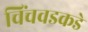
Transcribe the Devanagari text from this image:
चिंचवडकडे